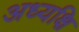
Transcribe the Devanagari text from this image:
अध्यक्षि